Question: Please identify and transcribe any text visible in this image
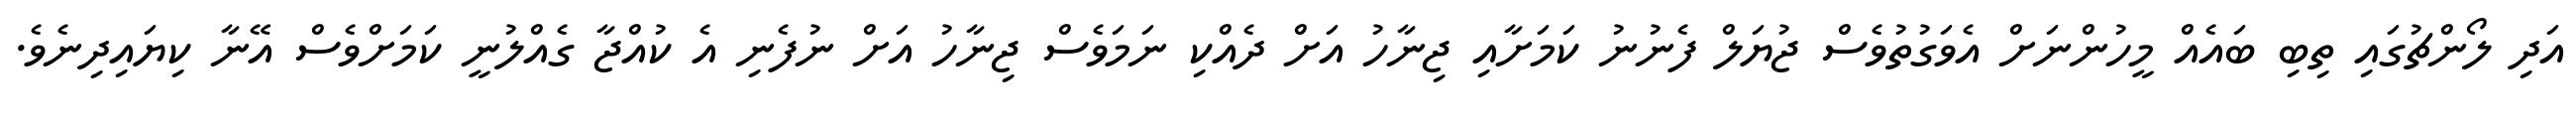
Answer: އަދި ލޯންޗުގައި ތިބި ބައެއް މީހުންނަށް އެވަގުތުވެސް ޖުޔަލް ފެނުނު ކަމަށާއި ޖިނާހު އަށް ދެއްކި ނަމަވެސް ޖިނާހު އަށް ނުފެނި އެ ކުއްޖާ ގެއްލުނީ ކަމަށްވެސް އޭނާ ކިޔައިދިނެވެ.